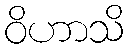
ဝိဟာသိ